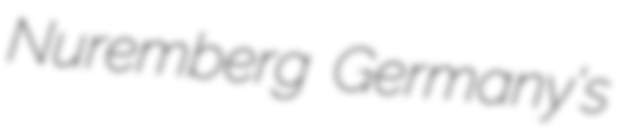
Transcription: Nuremberg Germany's